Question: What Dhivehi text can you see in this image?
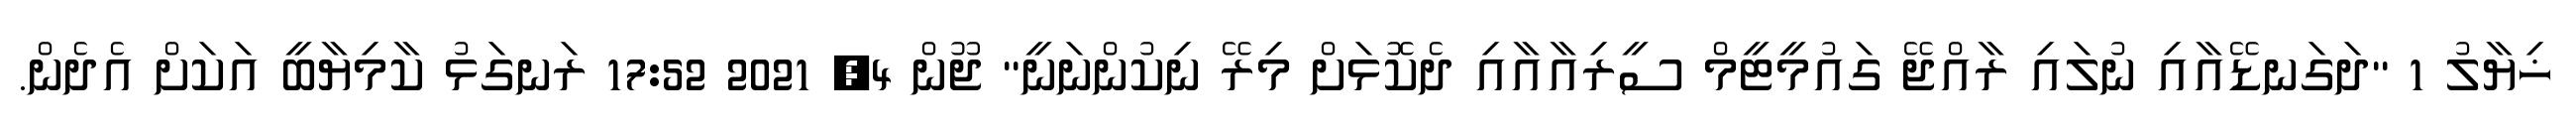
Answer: ޚިޔާލު 1 "ދަގަނޑޭއާއި ނުލައި ރާއްޖޭ ގައުމީޓީމް ސީރިއާއާއި ދެކޮޅަށް މިރޭ ނިކުންނަނީ" ޖޫން 4, 2021 17:52 ރަނގަޅު ކާމިޔާބީ އަކަށް އެދެން.